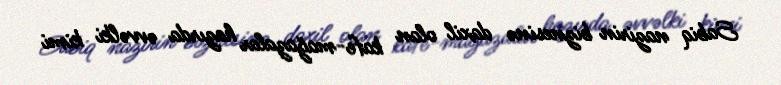
Sabiq nazirin biznesinə daxil olan kafe-mağazalar hazırda əvvəlki kimi